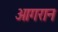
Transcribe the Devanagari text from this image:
आगरान